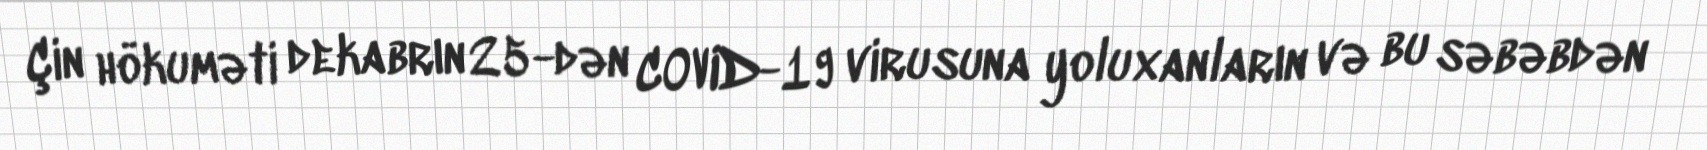
Çin hökuməti dekabrın 25-dən COVID-19 virusuna yoluxanların və bu səbəbdən